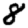
Digit: 8